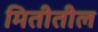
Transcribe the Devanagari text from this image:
मितीतील